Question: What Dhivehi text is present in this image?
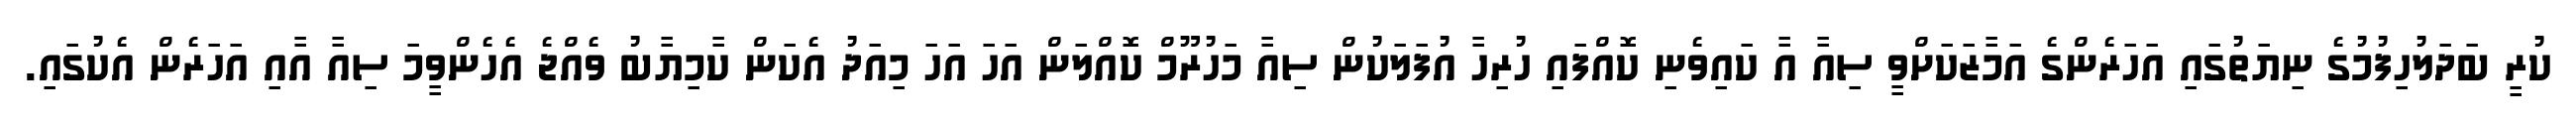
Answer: ކުރީ ބަދަލުހިފުމުގެ ނިޔަތުގައި އަހަރެންގެ އަމާޒަކަށްވީ ސިއާ އާ ކައިވެނި ކޮއްފައި ހުރިހާ އުފަލަކުން ސިއާ މަހުރޫމް ކޮއްލަން އަހަ އަހަ މިއަދު އެކަން ކާމިޔާބު ވެއްޖެ އެހެންވީމަ ސިއާ އާއި އަހަރެން އެކުގައި.